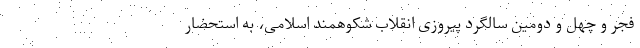
فجر و چهل و دومین سالگرد پیروزی انقلاب شکوهمند اسلامی، به استحضار